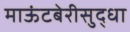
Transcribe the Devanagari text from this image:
माऊंटबेरीसुद्धा